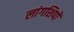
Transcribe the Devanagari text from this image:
लांगशिपों